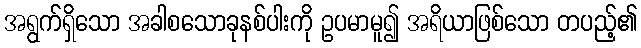
အရွက်ရှိသော အခါစသောခုနစ်ပါးကို ဥပမာမူ၍ အရိယာဖြစ်သော တပည့်၏